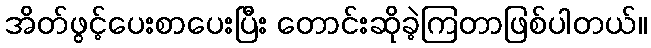
အိတ်ဖွင့်ပေးစာပေးပြီး တောင်းဆိုခဲ့ကြတာဖြစ်ပါတယ်။